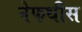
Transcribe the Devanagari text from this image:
नेफथीस